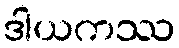
ဒါယကဿ